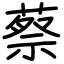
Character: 蔡